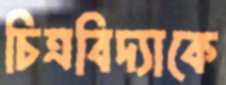
চিত্রবিদ্যাকে